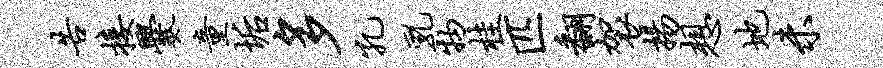
告接爨童垢多孔乳物桂匹翻袈扬想地未